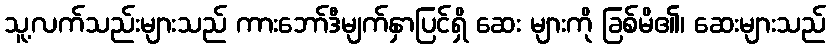
သူ့လက်သည်းများသည် ကားဘော်ဒီမျက်နှာပြင်ရှိ ဆေး များကို ခြစ်မိ၏၊ ဆေးများသည်